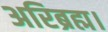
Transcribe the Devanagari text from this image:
अरिब्रह्म।